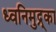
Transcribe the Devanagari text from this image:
ध्वनिमुद्र्का